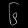
Digit: ၆